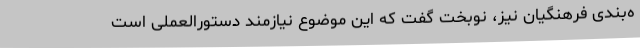
ه‌بندی فرهنگیان نیز، نوبخت گفت که این موضوع نیازمند دستورالعملی است